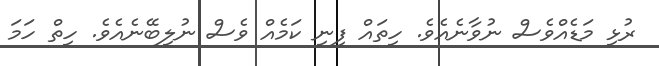
ރުޅި މަޑެއްވެސް ނުވާނެއެވެ. ހިތައް ފިނި ކަމެއް ވެސް ނުލިބޭނެއެވެ. ހިތް ހަމަ